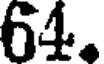
64.